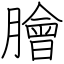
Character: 膾